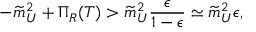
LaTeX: - \widetilde { m } _ { U } ^ { 2 } + \Pi _ { R } ( T ) > \widetilde { m } _ { U } ^ { 2 } \frac { \epsilon } { 1 - \epsilon } \simeq \widetilde { m } _ { U } ^ { 2 } \epsilon ,